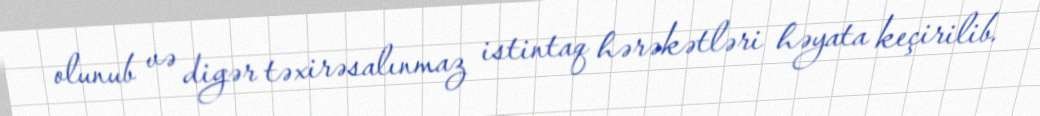
olunub və digər təxirəsalınmaz istintaq hərəkətləri həyata keçirilib.